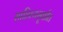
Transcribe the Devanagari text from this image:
साहित्यसॄष्टीत